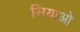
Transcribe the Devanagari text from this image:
सियाओ